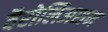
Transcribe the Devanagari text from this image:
वैरोलिअशन